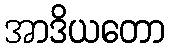
အာဒိယတော